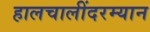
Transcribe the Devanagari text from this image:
हालचालींदरम्यान